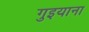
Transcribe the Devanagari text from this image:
गुइयाना